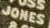
JONES